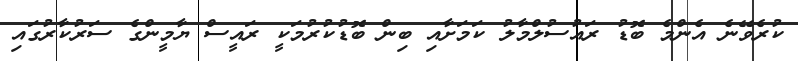
ކުރެވޭނެ އެންމެ ބޮޑު ރައުސުލްމާލު ކަމަށާއި ބިން ބޮޑުކުރުމަކީ ރައީސް ޔާމީންގެ ސަރުކާރުގައި